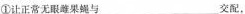
①让正常无眼雌果蝇与___交配，